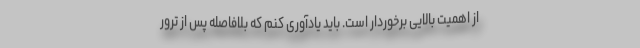
از اهمیت بالایی برخوردار است. باید یادآوری کنم که بلافاصله پس از ترور